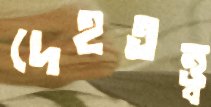
দেহতত্ত্ব